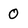
Character: 0